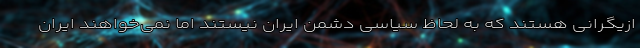
ازیگرانی هستند که به لحاظ سیاسی دشمن ایران نیستند اما نمی‌خواهند ایران